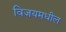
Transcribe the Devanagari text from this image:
विजयमधील